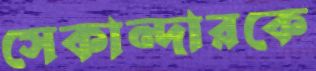
সেকান্দারকে